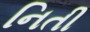
નિતી